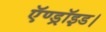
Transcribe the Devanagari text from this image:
ऍण्ड्रॉइड।